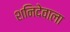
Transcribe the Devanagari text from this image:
शनिदेवाला